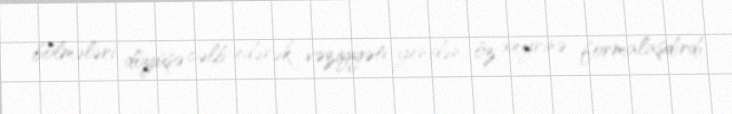
bölmələri döyüşə cəlb edərək vəziyyəti yenidən öz xeyrinə formalaşdırdı.